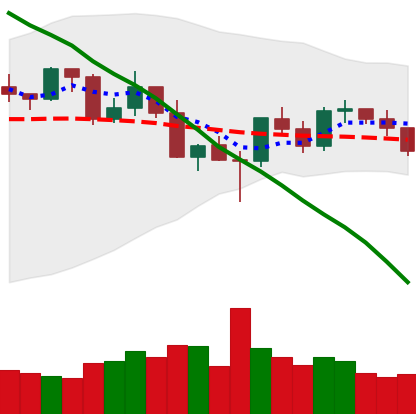
Ticker: XRP-USD
Chart end date: 2022-03-04
Forward return: 7.656%
Label: up_7plus